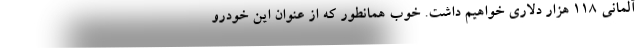
آلمانی 118 هزار دلاری خواهیم داشت. خوب همانطور که از عنوان این خودرو